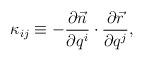
LaTeX: \begin{align*}\kappa _{ij} \equiv -\frac{\partial \vec{n}}{\partial q^i} \cdot \frac{\partial \vec{r}}{\partial q^j},\end{align*}